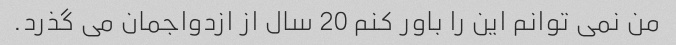
من نمی توانم این را باور کنم 20 سال از ازدواجمان می گذرد.